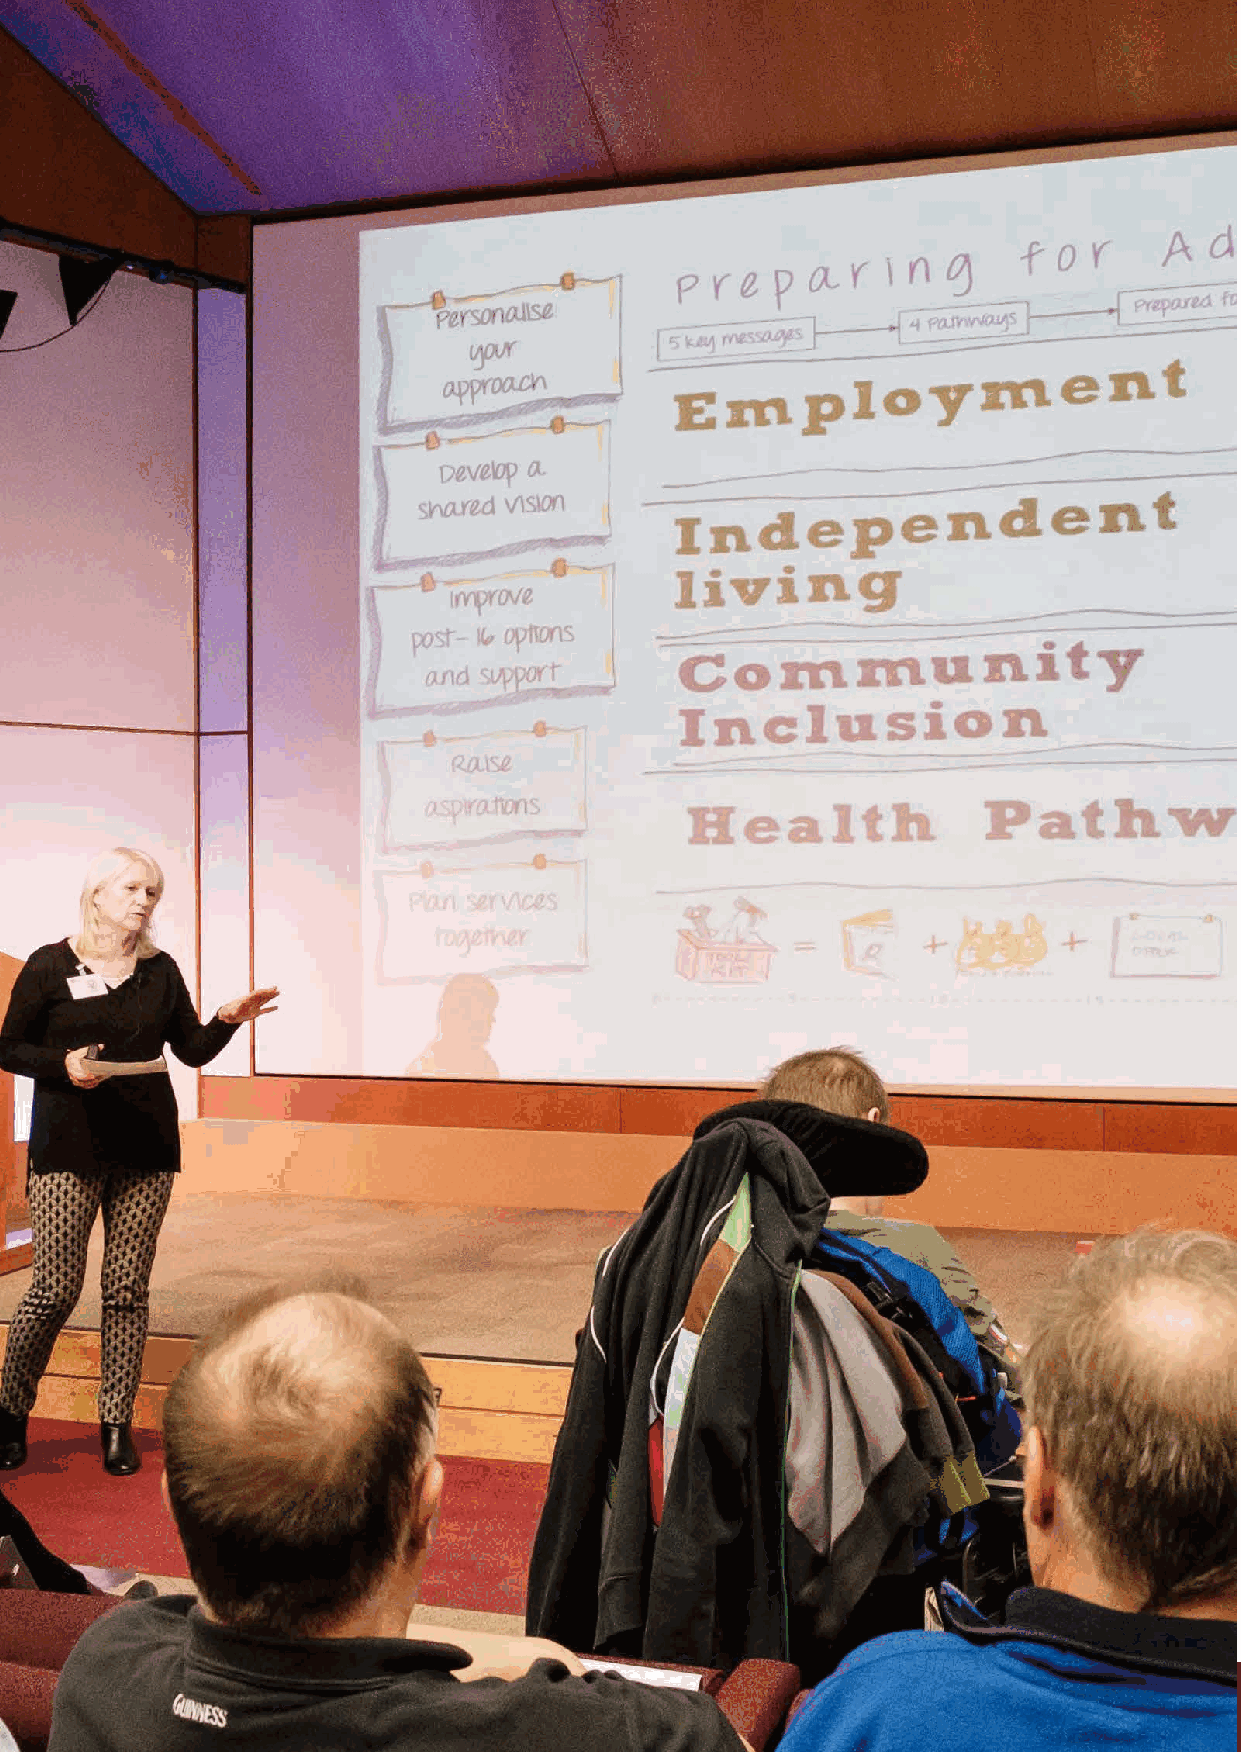
100                       ‘Inspiring Hearts, Engaging Minds’ (IHEM) Pilot Programme
 IHEM-Evaluation-Summary-Report_Brand Compliant.indd 100                 29/09/2020 06:59:44